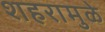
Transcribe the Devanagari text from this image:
शहरामुळे